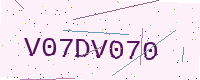
Text: V07DV070